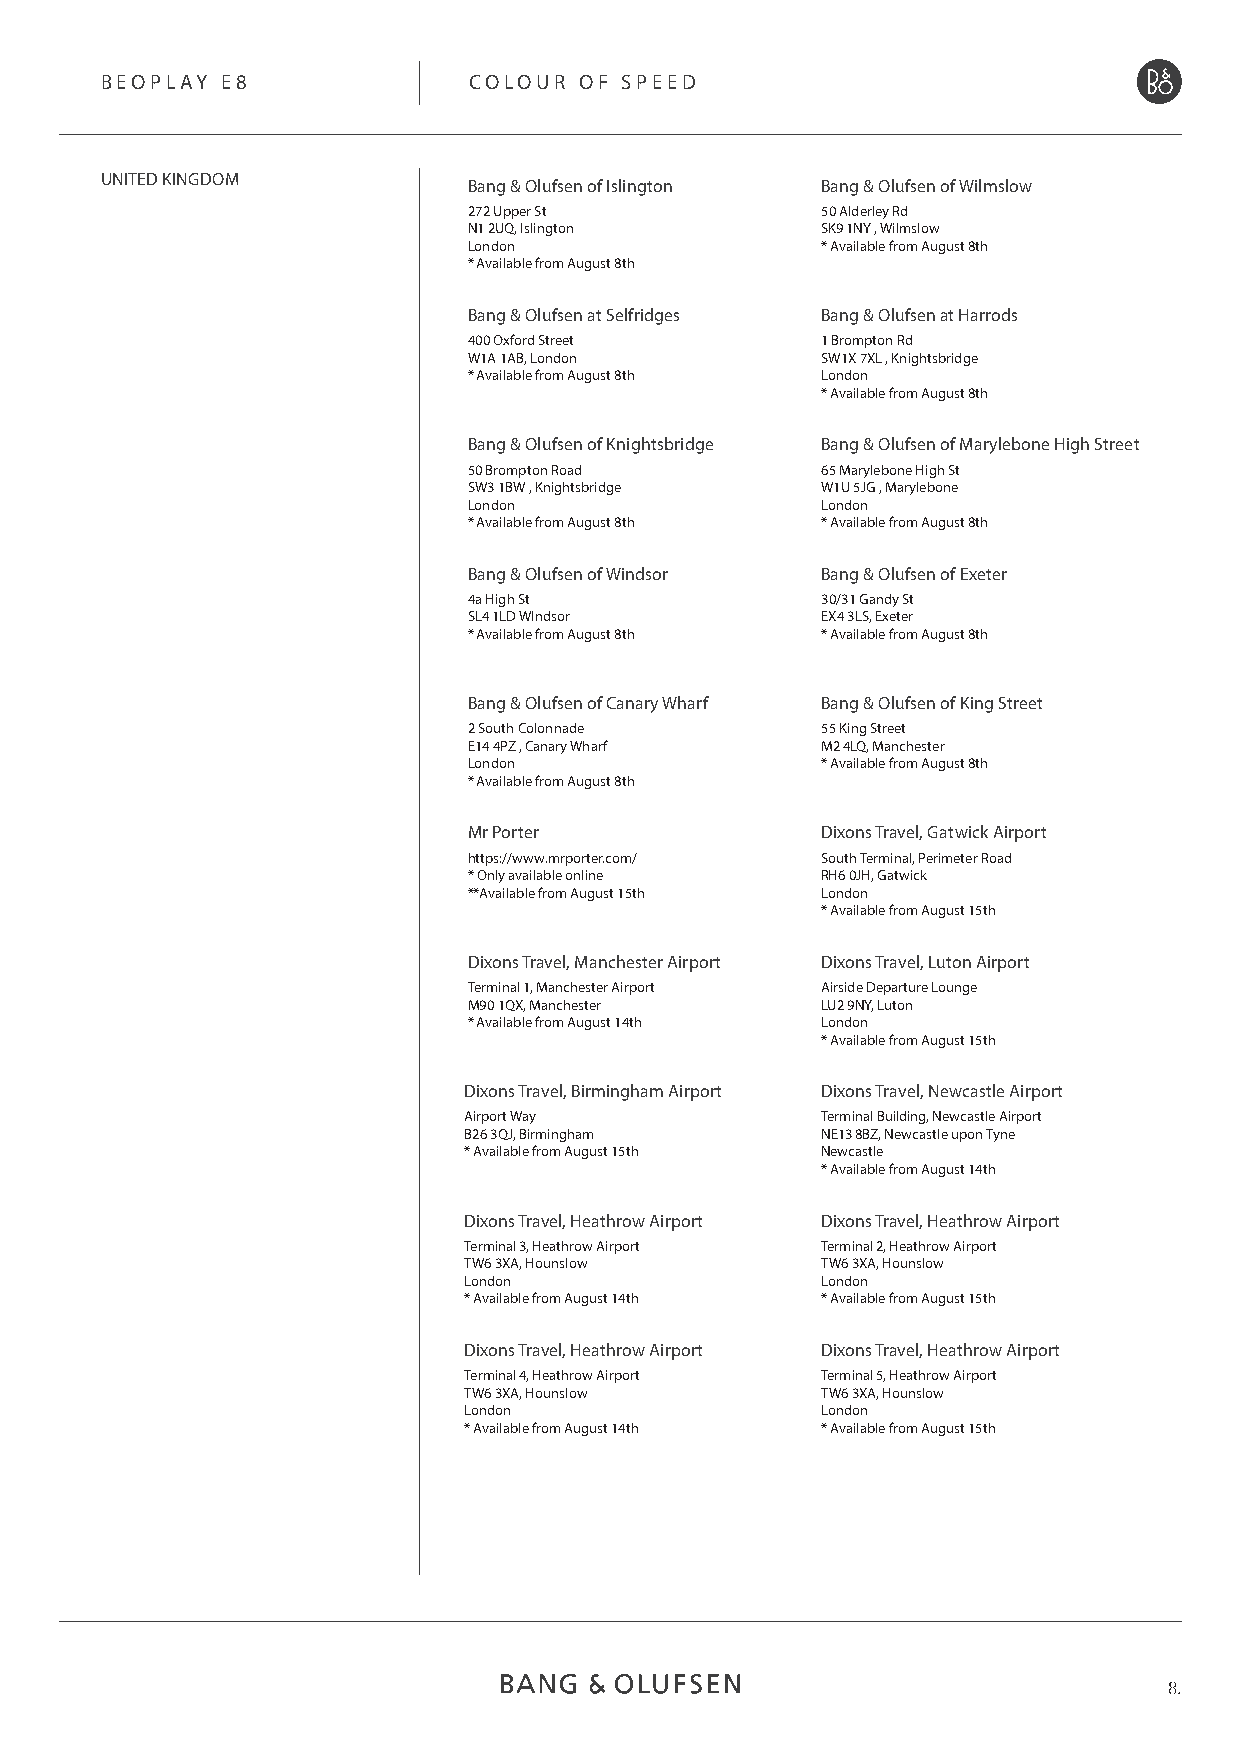
BEOPLAY E8              COLOUR OF SPEED
 UNITED KINGDOM
 Bang & Olufsen of Islington Bang & Olufsen of Wilmslow
 272 Upper St           50 Alderley Rd
 N1 2UQ, Islington      SK9 1NY , Wilmslow
 London                 * Available from August 8th
 * Available from August 8th
 Bang & Olufsen at Selfridges Bang & Olufsen at Harrods
 400 Oxford Street      1 Brompton Rd
 W1A 1AB, London        SW1X 7XL , Knightsbridge
 * Available from August 8th London
 * Available from August 8th
 Bang & Olufsen of Knightsbridge Bang & Olufsen of Marylebone High Street
 50 Brompton Road       65 Marylebone High St
 SW3 1BW , Knightsbridge W1U 5JG , Marylebone
 London                 London
 * Available from August 8th * Available from August 8th
 Bang & Olufsen of Windsor Bang & Olufsen of Exeter
 4a High St             30/31 Gandy St
 SL4 1LD WIndsor        EX4 3LS, Exeter
 * Available from August 8th * Available from August 8th
 Bang & Olufsen of Canary Wharf Bang & Olufsen of King Street
 2 South Colonnade      55 King Street
 E14 4PZ , Canary Wharf M2 4LQ, Manchester
 London                 * Available from August 8th
 * Available from August 8th
 Mr Porter              Dixons Travel, Gatwick Airport
 https://www.mrporter.com/ South Terminal, Perimeter Road
 * Only available online RH6 0JH, Gatwick
 **Available from August 15th London
 * Available from August 15th
 Dixons Travel, Manchester Airport Dixons Travel, Luton Airport
 Terminal 1, Manchester Airport Airside Departure Lounge
 M90 1QX, Manchester    LU2 9NY, Luton
 * Available from August 14th London
 * Available from August 15th
 Dixons Travel, Birmingham Airport Dixons Travel, Newcastle Airport
 Airport Way            Terminal Building, Newcastle Airport
 B26 3QJ, Birmingham    NE13 8BZ, Newcastle upon Tyne
 * Available from August 15th Newcastle
 * Available from August 14th
 Dixons Travel, Heathrow Airport Dixons Travel, Heathrow Airport
 Terminal 3, Heathrow Airport Terminal 2, Heathrow Airport
 TW6 3XA, Hounslow      TW6 3XA, Hounslow
 London                 London
 * Available from August 14th * Available from August 15th
 Dixons Travel, Heathrow Airport Dixons Travel, Heathrow Airport
 Terminal 4, Heathrow Airport Terminal 5, Heathrow Airport
 TW6 3XA, Hounslow      TW6 3XA, Hounslow
 London                 London
 * Available from August 14th * Available from August 15th
 8.